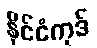
နိုင်ငံကုဒ်